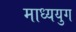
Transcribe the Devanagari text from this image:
माध्ययुग